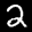
Label: 2